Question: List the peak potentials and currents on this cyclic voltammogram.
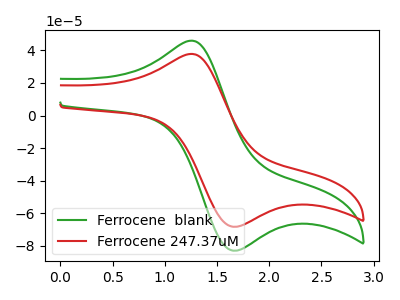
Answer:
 <answer>The green curve "Ferrocene  blank" has an anodic peak at (1.25V, 45.90uA) and a cathodic peak at (1.70V, -82.85uA). The red curve "Ferrocene 247.37uM" has an anodic peak at (1.25V, 37.80uA) and a cathodic peak at (1.70V, -68.20uA).</answer>
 <eval></eval>